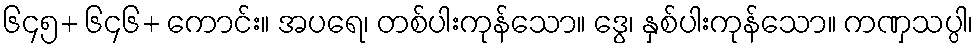
၆၄၅+ ၆၄၆+ ကောင်း။ အပရေ၊ တစ်ပါးကုန်သော။ ဒွေ၊ နှစ်ပါးကုန်သော။ ကဏှသပ္ပါ၊